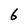
Character: 6